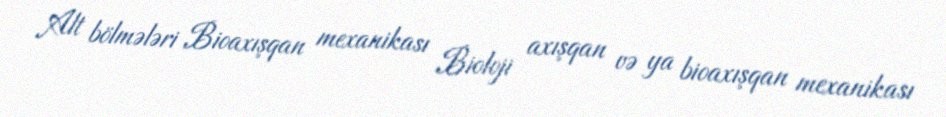
Alt bölmələri Bioaxışqan mexanikası Bioloji axışqan və ya bioaxışqan mexanikası